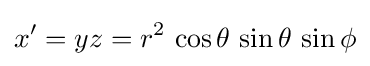
x'=yz=r^{2}\,\cos \theta \,\sin \theta \,\sin \phi